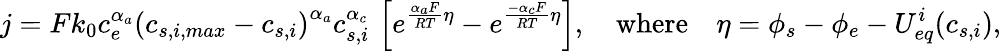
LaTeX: j=Fk_{0}c_{e}^{\alpha_{a}}\left(c_{s,i,max}-c_{s,i}\right)^{\alpha_{a}}c_{s,i}^{\alpha_{c}}\, \left[e^{\frac{\alpha_{a}F}{RT}\eta}-e^{\frac{-\alpha_{c}F}{RT}\eta}\right],\quad\textrm{where}\quad\eta=\phi_{s}-\phi_{e}-{U_{eq}^{i}}(c_{s,i}),